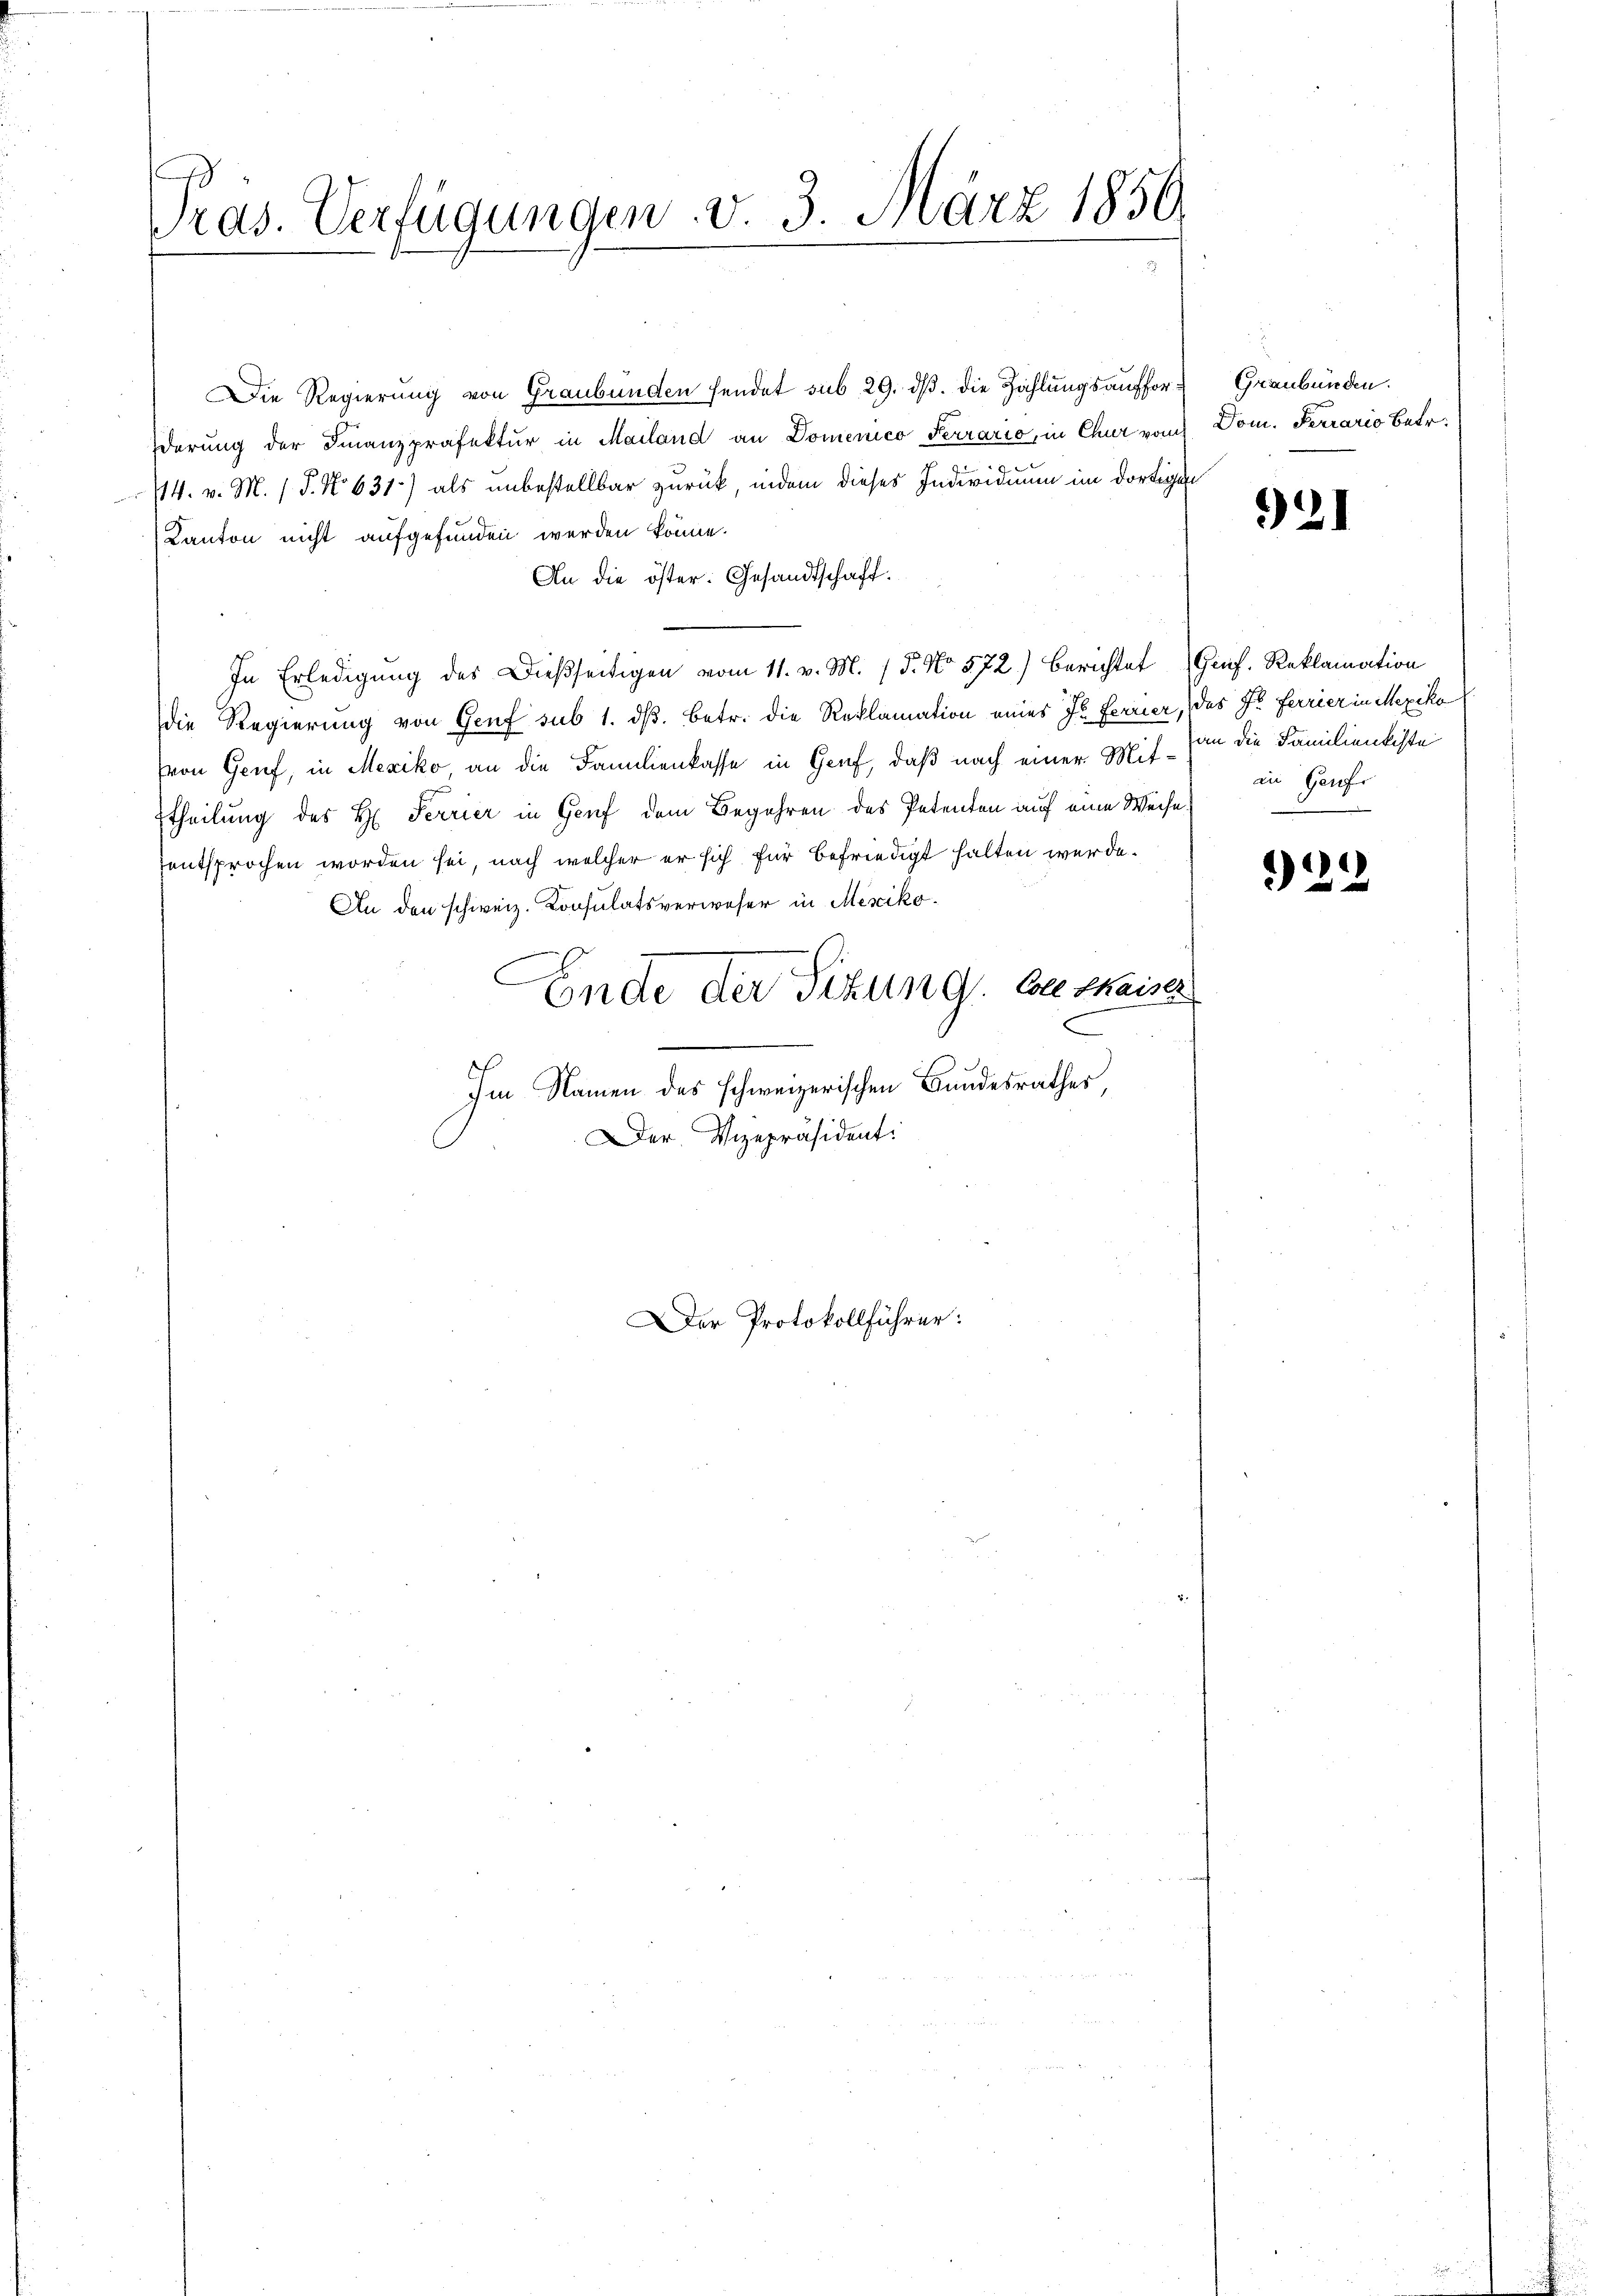
Die Regierung von Graubünden sendet sub 29. dβ. die Zahlungsauffor- Graubünden.
derung der Finanzpräfektur in Mailand an Domenico Ferrario, in Chur von Dom. Ferrario Betr.
44. v. M. (T. No 631) als unbestellbar zurück, indem dieses Individium im dortigen
Kanton nicht aufgefunden werden könne.
An die öster: Gesandtschaft.
In Erledigung des Dießseitigen vom 11. v. M. / 5. No 572) berichtet Genf. Reklamation
die Regierung von Genf sub 1. ds. betr. die Reklamation eines J. Ferrier, das Dr. Ferier in Mexiko
von Genf, in Mexiko an die Familienkasse in Genf, daß nach einer Mit¬
Etheilung des H. Ferrier in Genf dem Begehren des Petenten auf eine Weise
entsprochen worden sei, nach welcher er sich für befriedigt halten werde.
An den schweiz. Konsulatsverweser in Mexiko¬
Ende der Sitzung. Enthaiser
Im Namen des schweizerischen Bundesrathes,
Der Vizepräsident:

Präs. Verfügungen. v. 3. März 1856

Der Protokollführer:

21

an die Familienkiste
an Gertr

22